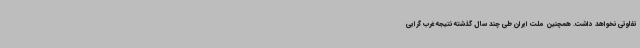
تفاوتی نخواهد داشت. همچنین ملت ایران طی چند سال گذشته نتیجه غرب گرایی